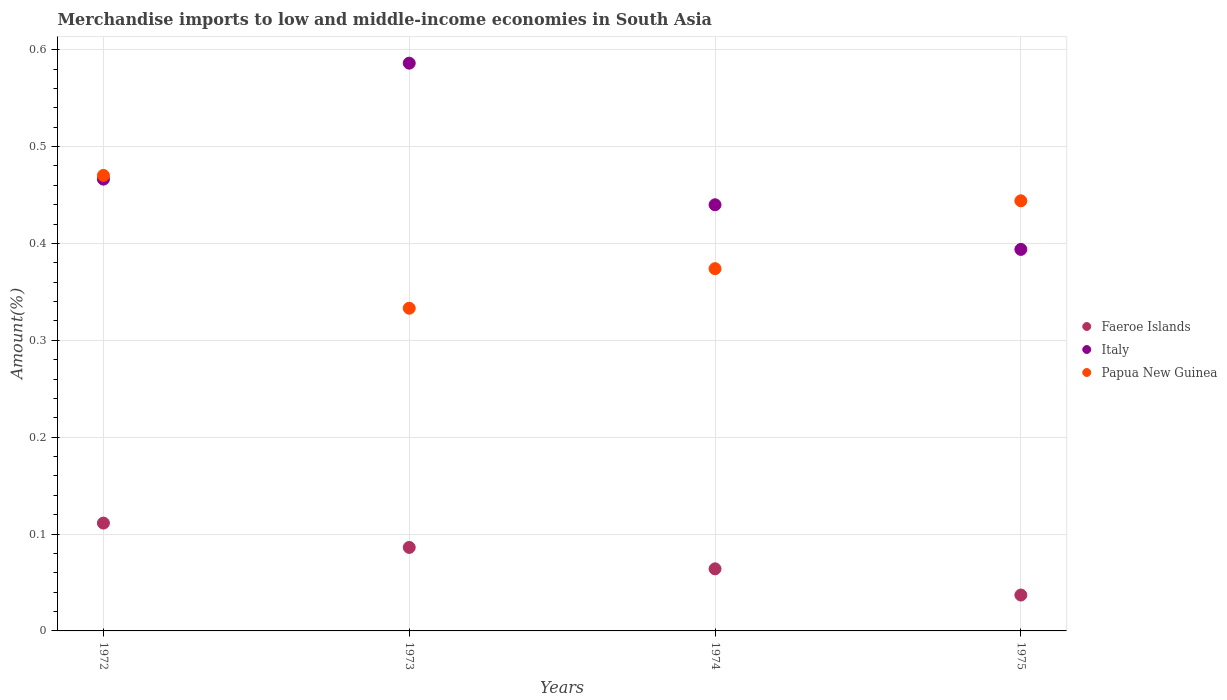
| Years | Faeroe Islands | Italy | Papua New Guinea |
 | --- | --- | --- | --- |
 | 1972 | 0.111 | 0.466 | 0.47 |
 | 1973 | 0.0862 | 0.586 | 0.333 |
 | 1974 | 0.0641 | 0.44 | 0.374 |
 | 1975 | 0.037 | 0.394 | 0.444 |